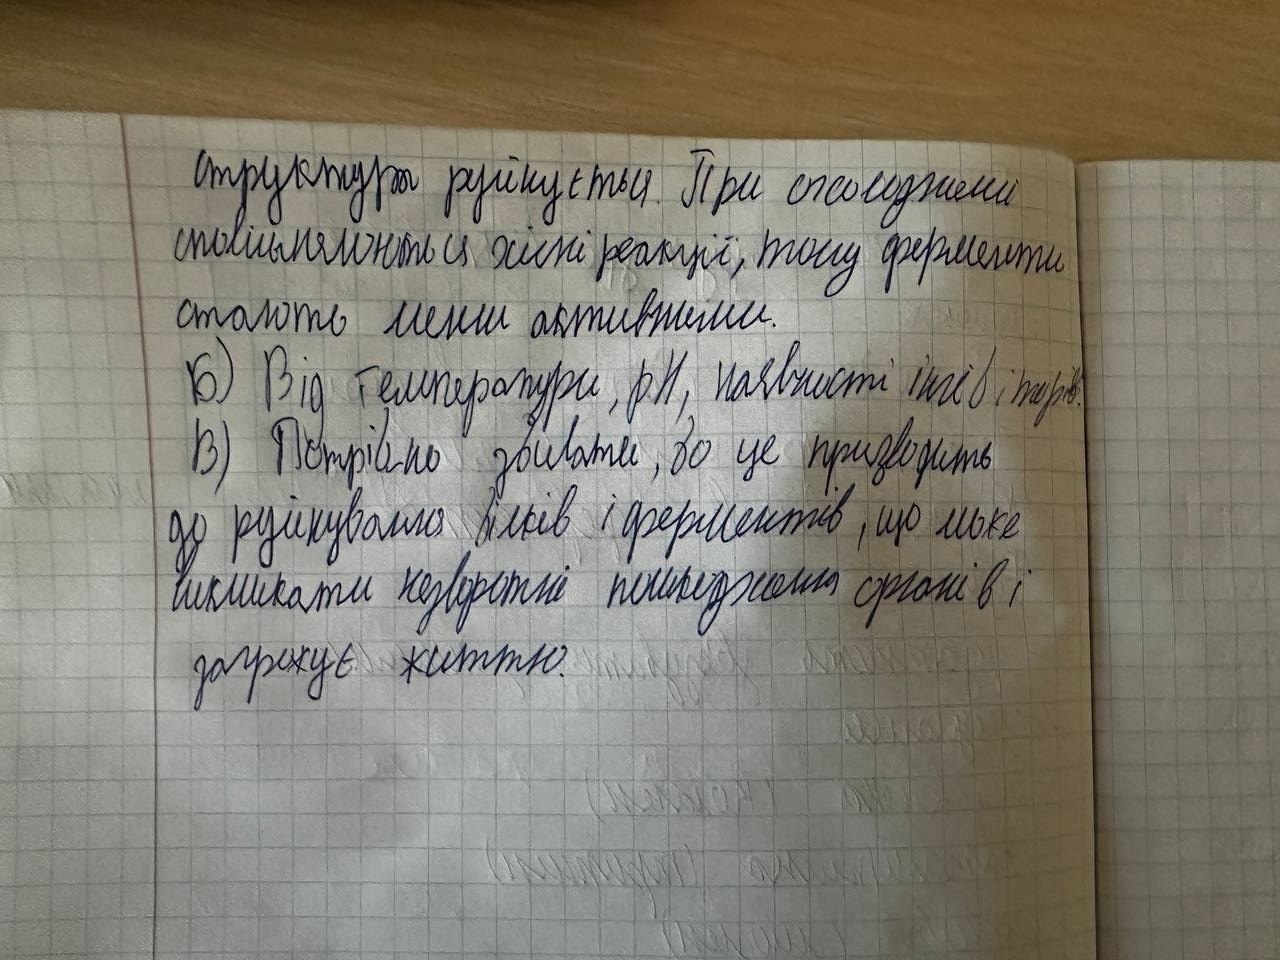
структура руйнується. При сполученні
сповільняються хісні реакції, тому ферменти
стають менш активними.
Б) Від температури, pH, наявності інгів і тирів.
В) Потрібно звивати, бо це приводить
до руйнування білків і ферментів, що може
викликати незворотні пошкодження органів і
загрожує життю.